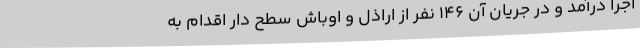
اجرا درآمد و در جریان آن 146 نفر از اراذل و اوباش سطح دار اقدام به